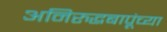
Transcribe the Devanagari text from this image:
अनिरुद्धबापूंच्या